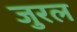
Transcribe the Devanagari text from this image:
जुरल